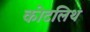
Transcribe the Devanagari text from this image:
कोटलिथ